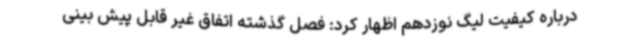
درباره کیفیت لیگ نوزدهم اظهار کرد: فصل گذشته اتفاق غیر قابل پیش بینی